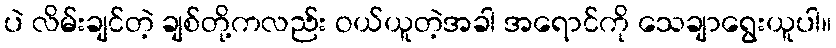
ပဲ လိမ်းချင်တဲ့ ချစ်တို့ကလည်း ဝယ်ယူတဲ့အခါ အရောင်ကို သေချာရွေးယူပါ။